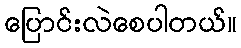
ပြောင်းလဲစေပါတယ်။